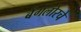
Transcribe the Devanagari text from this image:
बेंगलोरचे